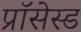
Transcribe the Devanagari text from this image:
प्रॉसेस्ड